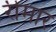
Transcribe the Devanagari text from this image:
रीमार